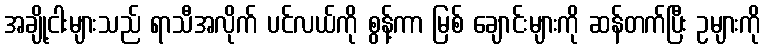
အချို့ငါးများသည် ရာသီအလိုက် ပင်လယ်ကို စွန့်ကာ မြစ် ချောင်းများကို ဆန်တက်ပြီး ဥများကို